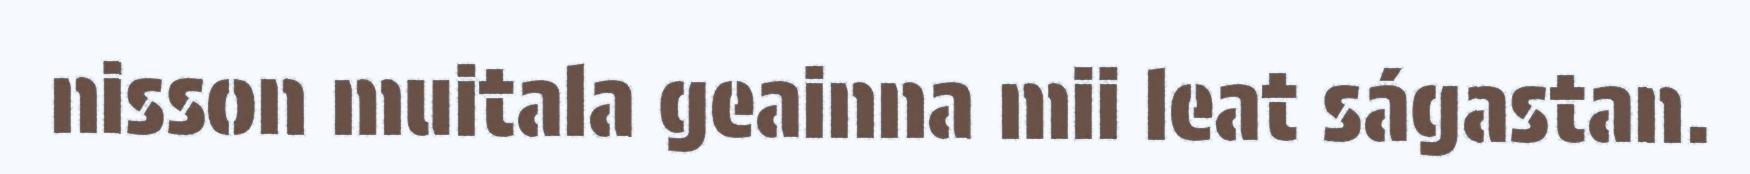
nisson muitala geainna mii leat ságastan.